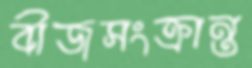
বীজসংক্রান্ত